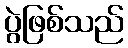
ပွဲဖြစ်သည်